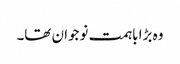
وہ بڑا باہمت نوجوان تھا۔